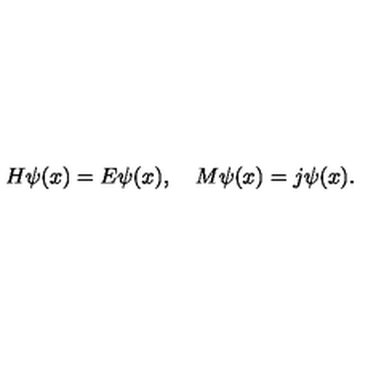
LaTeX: H \psi ( x ) = E \psi ( x ) , \quad M \psi ( x ) = j \psi ( x ) .